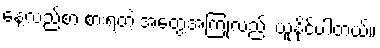
နေ့လည်စာ စားရတဲ့ အတွေ့အကြုံလည်း ယူနိုင်ပါတယ်။